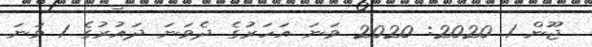
ޖޫން 1 2020: 2020 ވަނަ އަހަރުގެ ދެވަނަ ދައުރުގެ 1 ވަނަ